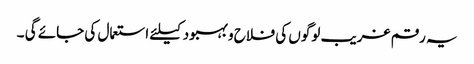
یہ رقم غریب لوگوں کی فلاح و بہبود کیلئے استعمال کی جائے گی ۔